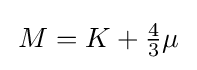
{\textstyle \,M=K+{\tfrac {4}{3}}\mu \,}